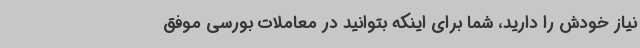
نیاز خودش را دارید، شما برای اینکه بتوانید در معاملات بورسی موفق